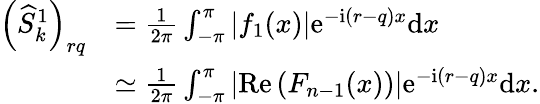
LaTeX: \begin{array}{rl}{\left(\widehat{S}_{k}^{1}\right)_{rq}}&{=\frac{1}{2\pi}\int_{-\pi}^{\pi}\vert f_{1}(x)\vert\mathrm{e}^{-\mathrm{i}(r-q)x}\mathrm{d}x}\\ &{\simeq\frac{1}{2\pi}\int_{-\pi}^{\pi}\left\vert\operatorname{Re}\left(F_{n-1}(x)\right)\right\vert\mathrm{e}^{-\mathrm{i}(r-q)x}\mathrm{d}x.}\end{array}